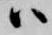
ハ